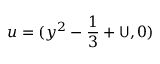
u = ( y ^ { 2 } - \frac { 1 } { 3 } + \mathsf { U } , 0 )